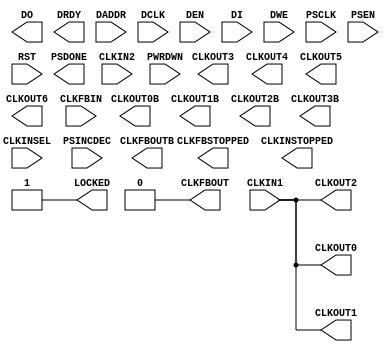
module MMCME2_ADV #(
  parameter BANDWIDTH = "OPTIMIZED",
  parameter real CLKFBOUT_MULT_F = 5.000,
  parameter real CLKFBOUT_PHASE = 0.000,
  parameter CLKFBOUT_USE_FINE_PS = "FALSE",
  parameter real CLKIN1_PERIOD = 0.000,
  parameter real CLKIN2_PERIOD = 0.000,
  parameter real CLKOUT0_DIVIDE_F = 1.000,
  parameter real CLKOUT0_DUTY_CYCLE = 0.500,
  parameter real CLKOUT0_PHASE = 0.000,
  parameter CLKOUT0_USE_FINE_PS = "FALSE",
  parameter integer CLKOUT1_DIVIDE = 1,
  parameter real CLKOUT1_DUTY_CYCLE = 0.500,
  parameter real CLKOUT1_PHASE = 0.000,
  parameter CLKOUT1_USE_FINE_PS = "FALSE",
  parameter integer CLKOUT2_DIVIDE = 1,
  parameter real CLKOUT2_DUTY_CYCLE = 0.500,
  parameter real CLKOUT2_PHASE = 0.000,
  parameter CLKOUT2_USE_FINE_PS = "FALSE",
  parameter integer CLKOUT3_DIVIDE = 1,
  parameter real CLKOUT3_DUTY_CYCLE = 0.500,
  parameter real CLKOUT3_PHASE = 0.000,
  parameter CLKOUT3_USE_FINE_PS = "FALSE",
  parameter CLKOUT4_CASCADE = "FALSE",
  parameter integer CLKOUT4_DIVIDE = 1,
  parameter real CLKOUT4_DUTY_CYCLE = 0.500,
  parameter real CLKOUT4_PHASE = 0.000,
  parameter CLKOUT4_USE_FINE_PS = "FALSE",
  parameter integer CLKOUT5_DIVIDE = 1,
  parameter real CLKOUT5_DUTY_CYCLE = 0.500,
  parameter real CLKOUT5_PHASE = 0.000,
  parameter CLKOUT5_USE_FINE_PS = "FALSE",
  parameter integer CLKOUT6_DIVIDE = 1,
  parameter real CLKOUT6_DUTY_CYCLE = 0.500,
  parameter real CLKOUT6_PHASE = 0.000,
  parameter CLKOUT6_USE_FINE_PS = "FALSE",
  parameter COMPENSATION = "ZHOLD",
  parameter integer DIVCLK_DIVIDE = 1,
  parameter [0:0] IS_CLKINSEL_INVERTED = 1'b0,
  parameter [0:0] IS_PSEN_INVERTED = 1'b0,
  parameter [0:0] IS_PSINCDEC_INVERTED = 1'b0,
  parameter [0:0] IS_PWRDWN_INVERTED = 1'b0,
  parameter [0:0] IS_RST_INVERTED = 1'b0,
  parameter real REF_JITTER1 = 0.010,
  parameter real REF_JITTER2 = 0.010,
  parameter SS_EN = "FALSE",
  parameter SS_MODE = "CENTER_HIGH",
  parameter integer SS_MOD_PERIOD = 10000,
  parameter STARTUP_WAIT = "FALSE"
)(
  output CLKFBOUT,
  output CLKFBOUTB,
  output CLKFBSTOPPED,
  output CLKINSTOPPED,
  output CLKOUT0,
  output CLKOUT0B,
  output CLKOUT1,
  output CLKOUT1B,
  output CLKOUT2,
  output CLKOUT2B,
  output CLKOUT3,
  output CLKOUT3B,
  output CLKOUT4,
  output CLKOUT5,
  output CLKOUT6,
  output [15:0] DO,
  output DRDY,
  output LOCKED,
  output PSDONE,

  input CLKFBIN,
  input CLKIN1,
  input CLKIN2,
  input CLKINSEL,
  input [6:0] DADDR,
  input DCLK,
  input DEN,
  input [15:0] DI,
  input DWE,
  input PSCLK,
  input PSEN,
  input PSINCDEC,
  input PWRDWN,
  input RST
);

  assign CLKFBOUT = 1'b0;  //feedback
  assign CLKOUT0 =  CLKIN1;
  assign CLKOUT1 =  CLKIN1;
  assign CLKOUT2 =  CLKIN1;
  assign LOCKED = 1'b1;

endmodule